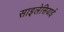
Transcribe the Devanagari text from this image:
साइलेसियाई